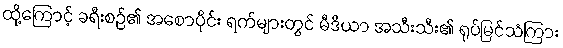
ထို့ကြောင့် ခရီးစဉ်၏ အစောပိုင်း ရက်များတွင် မီဒီယာ အသီးသီး၏ ရုပ်မြင်သံကြား